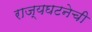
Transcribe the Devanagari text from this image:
राज्यघटनेची